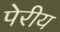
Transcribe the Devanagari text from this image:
पेरीय